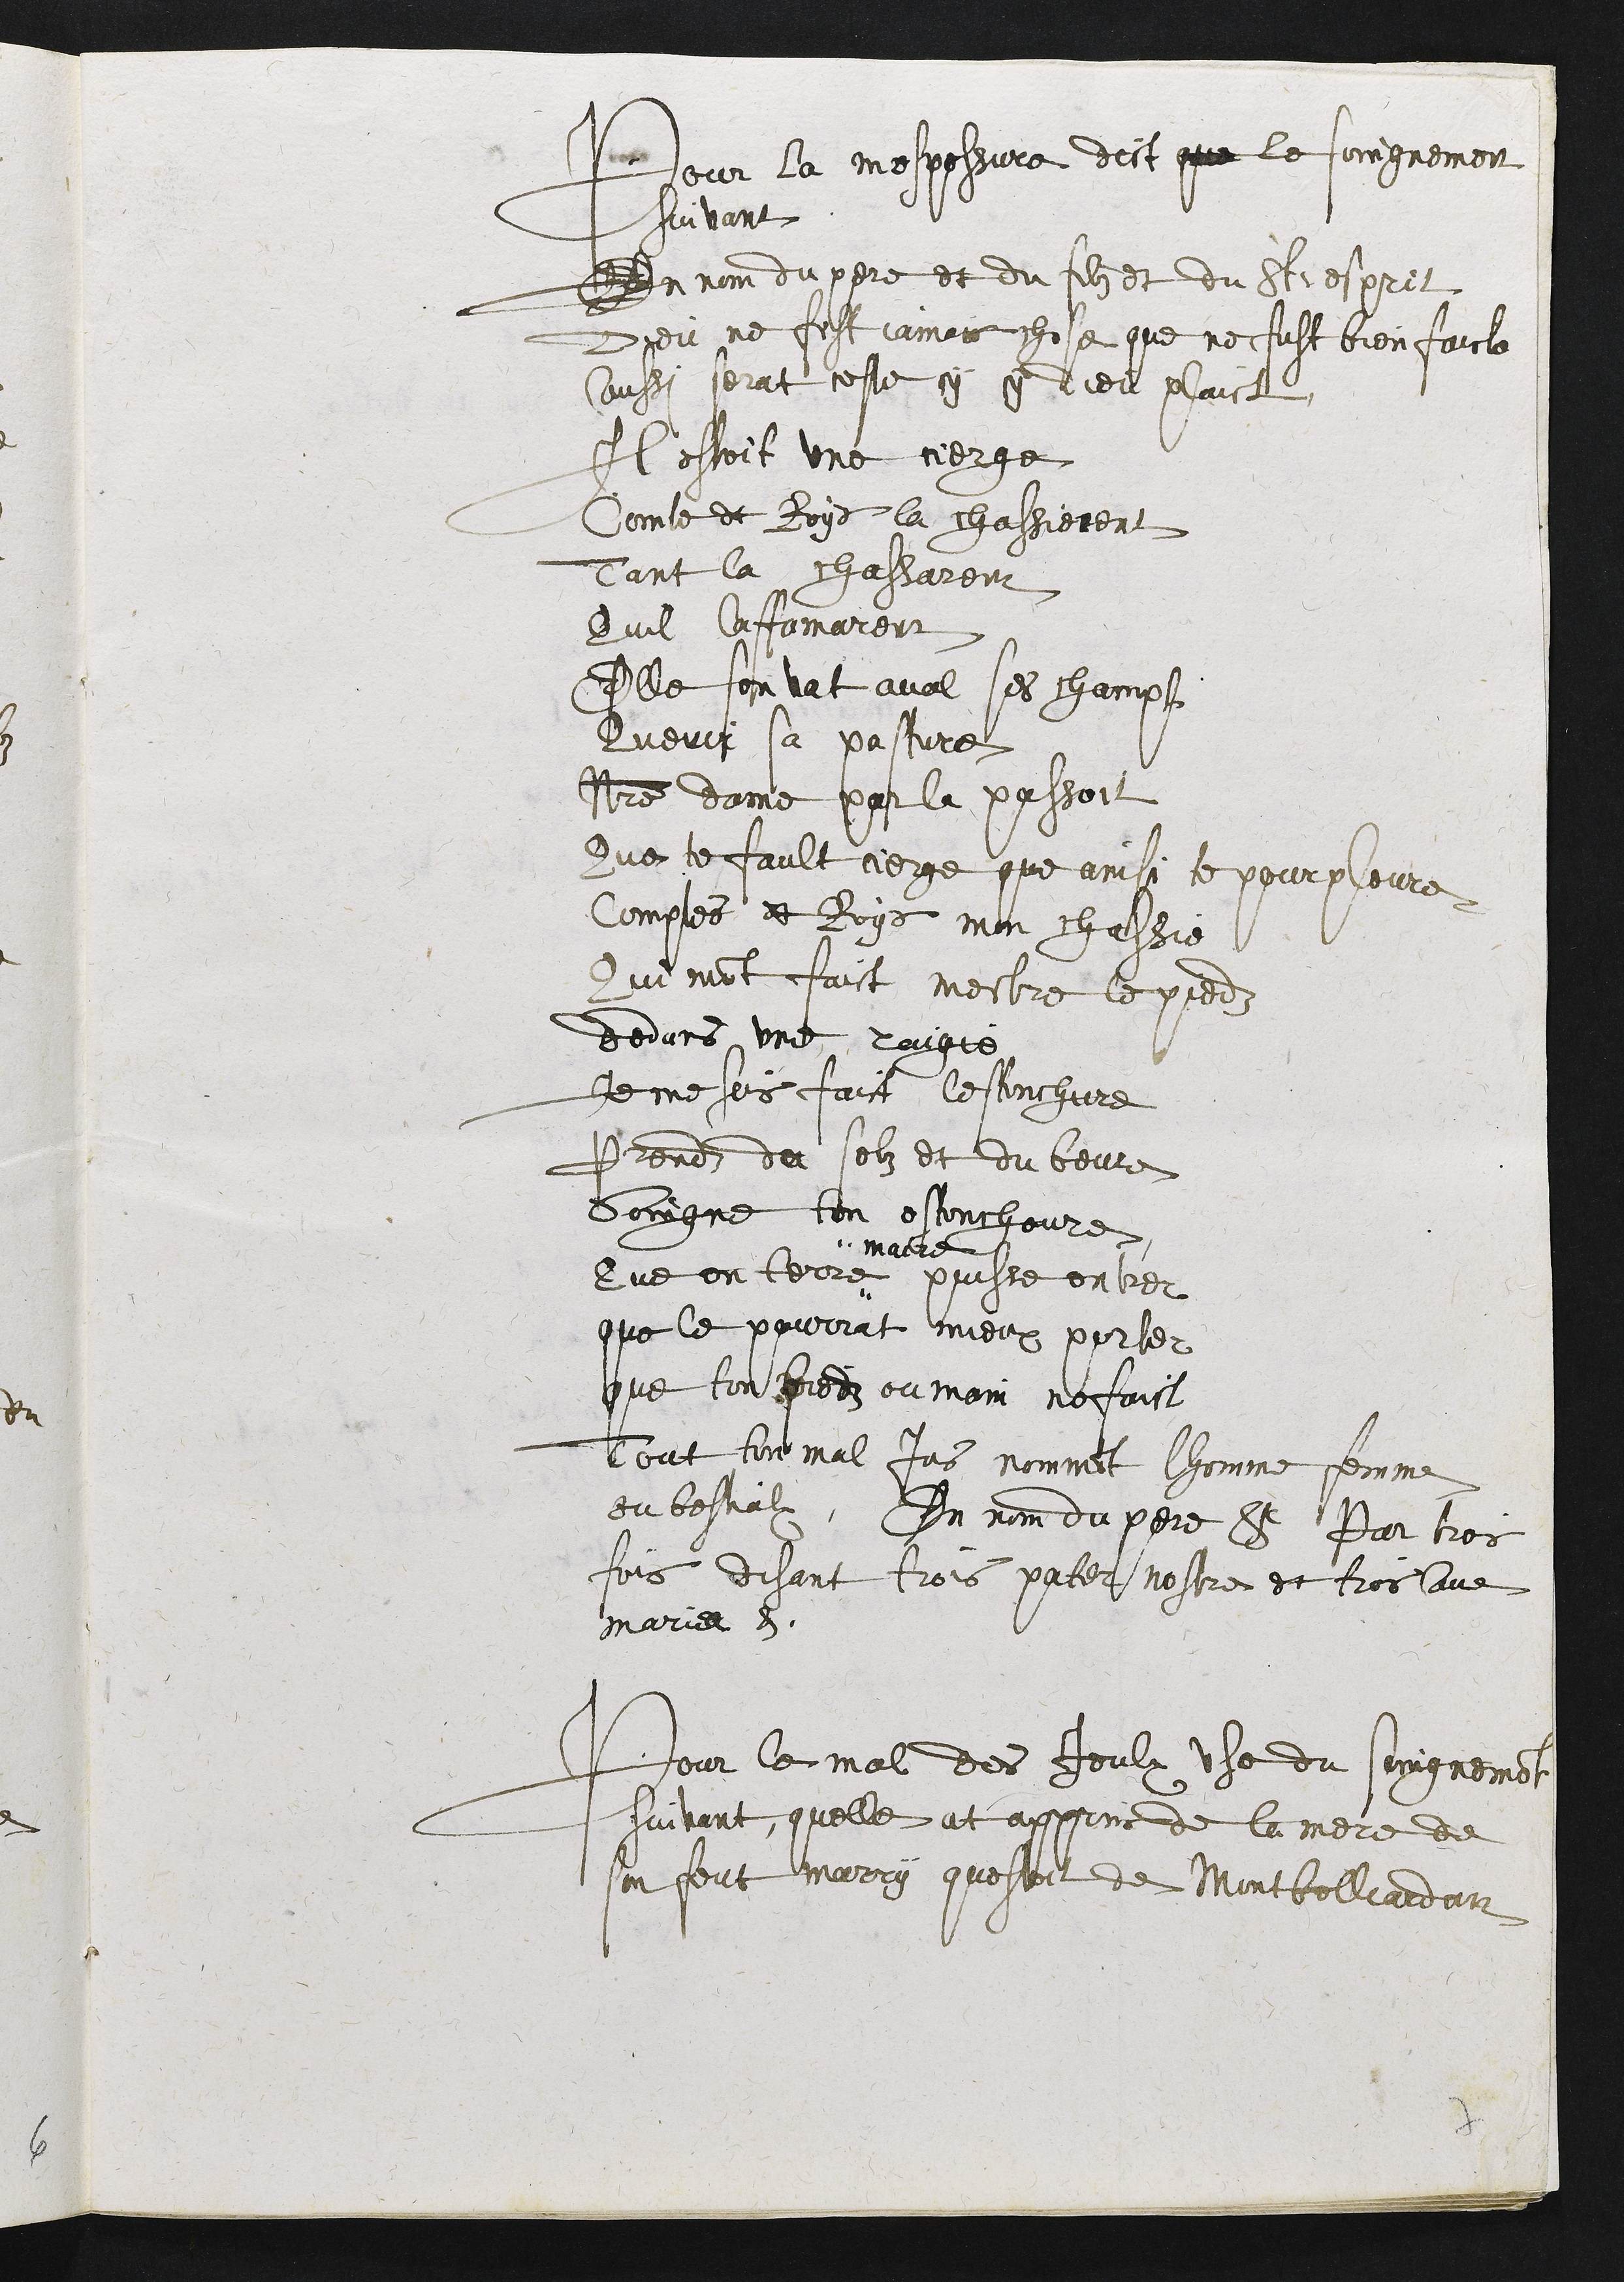
Pour la mespessure dict que le soignement
suivant
Au nom du pere et du filz et du St : esprit
Dieu ne fist iamais chose qui ne fust bien faicte
Aussi serat ceste cy cy Dieu plaict
Il etoit une vierge
Comte et royx la chassierent
Tant la chassaront
Quil laffamarent
Elle sen vat aval ses champs
Querir sa pasture
No[stre] dame par la passoit
Que te fault vierge que ainsi te pour pleurer
Comptes et royx mon chassie
Qui mo[n]t faict me[tt]re le piedz
Dedans une [raigie]
Je me suis faict lestonchure
Prends du selz et du beurre
Soigne ton estonchoure
Que en terre "
macre
puisse entrer
que le pourrat mieux parler
que ton piedz ou main ne faict
Tout ton mal jes nomme[n]t lhomme femme
ou bestialz, En nom du pere etc par trois
fois disant trois pater nostre et trois Ave
maria etc.
Pour le mal des Ieulx use du soingneme[n]t
suivant, quelle at appris de la mere de
son feut marry questoit de Montbelliardan